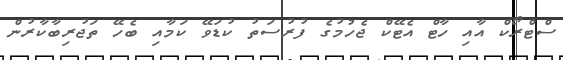
ސްޓްރޯކް އާއި ހާޓް އެޓޭކް ޖެހުމުގެ ފުރުސަތު ކުޑަވޭ ކަމާއި ބެހޭ ތަޖުރިބާކާރުން